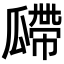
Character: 𤬎